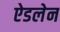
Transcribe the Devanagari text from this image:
ऐडलेन